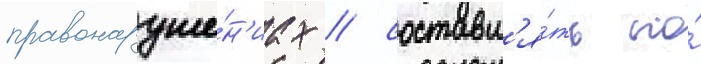
правонаруше́н'иах / составл'я́ть по́